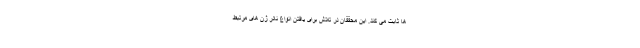
ها ثابت می‌ کند. این محققان در تلاش برای یافتن انواع نادر ژن های مرتبط